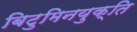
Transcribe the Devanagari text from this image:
बिटुमिनयुक्ति